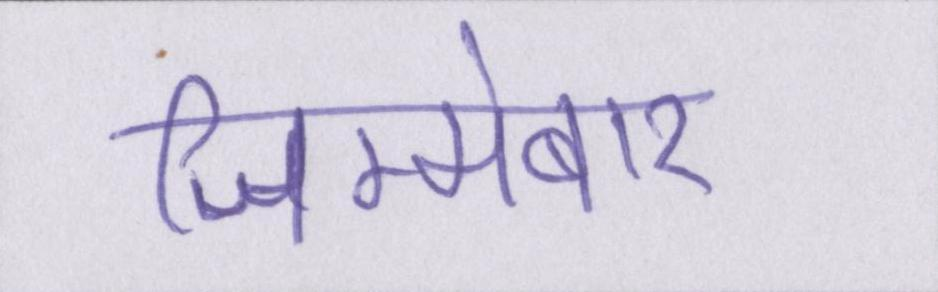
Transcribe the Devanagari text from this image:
जिम्मेबार